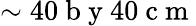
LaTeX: \sim 40\mathrm{~b~y~}40\mathrm{~c~m~}